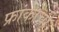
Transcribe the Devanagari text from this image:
फ्रांकोची